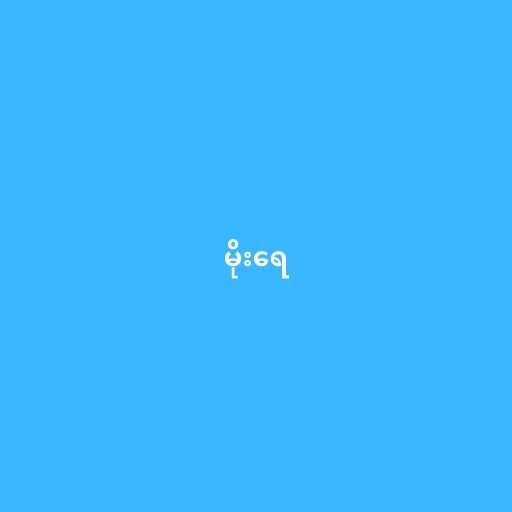
မိုးရေ